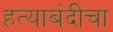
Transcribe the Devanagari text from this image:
हत्याबंदीचा